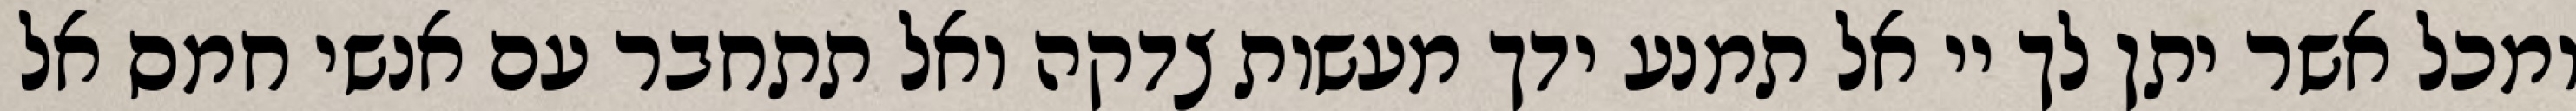
ומכל אשר יתן לך יי אל תמנע ידך מעשות צדקה ואל תתחבר עם אנשי חמס אל